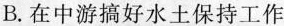
B.在中游搞好水土保持工作